Vital statistics of India. Vol. IV, Annual returns from 1871 to 1876. British Army of India, Native Army and jails of Bengal
Year: 1871
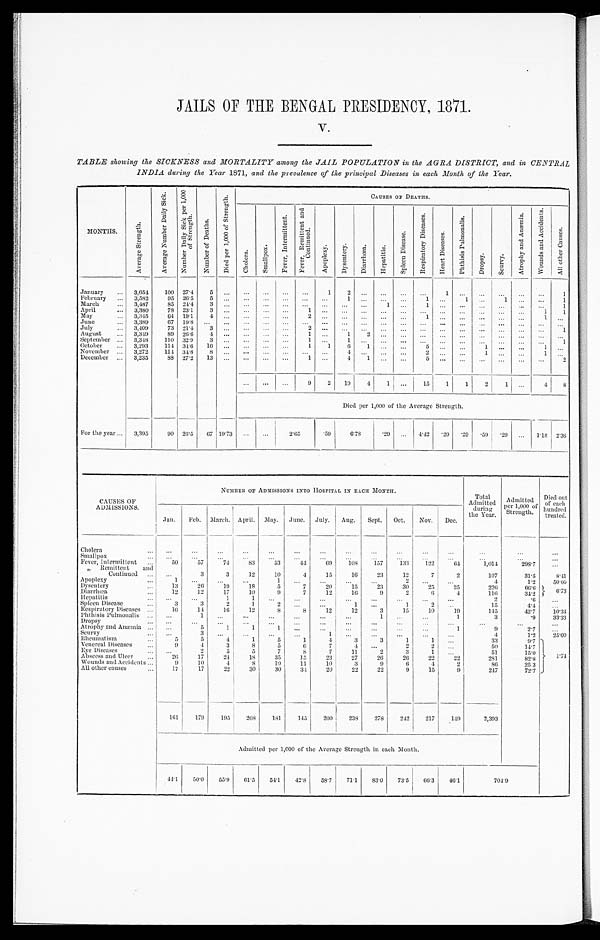
JAILS OF THE BENGAL PRESIDENCY, 1871.
V.
TABLE showing the SICKNESS and MORTALITY among the JAIL POPULATION in the AGRA DISTRICT, and in CENTRAL
INDIA during the Year 1871. and the prevalence of the principal Diseases in each Month of the Year.
MONTHS.
A v e r a g e S t r e n g t h .
A v e r a g e N u m b e r D a i l y S i c k .
N u m b e r D a i l y S i c k p e r 1 , 0 0 0 o f S t r e n g t h .
N u m b e r o f D e a t h s .
D i e d p e r 1 , 0 0 0 o f S t r e n g t h .
CAUSES OF DEATHS.
C h o l e r a .
S m a l l p o x .
F e v e r , I n t e r m i t t e n t .
F e v e r R e m i t t e d a n d C o n t i n u e d .
A p o p l e x y .
D y s e n t e r y .
D i a r r h œ a .
H e p a t i t i s .
S p l e e n D i s e a s e .
R e s p i r a t o r y D i s e a s e s .
H e a r t D i s e a s e s .
p h t h i s i s P u l m o n a l i s .
D r o p s y .
S c u r v y .
A t r o p h y a n d A n æ m i a .
W o u n d s a n d A c c i d e n t s .
A l l o t h e r C a u s e s .
January
. . .
3,654
100 27.4
5
. . .
. . .
. . .
...
...
1
2
. . . ...
...
. . .
1
. . .
...
. . .
. . .
. . .
1
February
... 3,582
95 26.5
5
. . .
. . .
...
. . .
. . .
. . .
1
. . . ... ...
1
. . . 1
... 1
. . . ...
1
March
. . . 3,487
85 24.4
3
. . .
. . .
. . .
. . .
. . . ...
. . .
. . . 1
. . .
1
. . .
...
... ...
. . . ...
1
April
... 3,360
78 23.1
3
. . .
. . .
. . .
. . .
1 ...
. . .
. . . ...
. . .
. . .
. . .
...
... ...
. . .
1
1
May
. . . 3,345
6 4
19.1
4
. . .
. . .
. . .
. . .
2 ...
. . . . . . ...
. . .
1
. . .
...
... ...
. . .
1
. . .
June
... 3,389
6719.8
. . . . . .
. . .
. . .
. . .
. . . ...
. . .
. . . ...
. . .
. . . . . .
. . .
. . .
. . .
. . .
. . .
. . .
July
. . . 3,409
73 21.4
3
. . .
. . .
. . .
. . .
2 ...
. . .
. . . . . .
. . .
. . .
. . . ...
... ...
. . .
. . .
1
August
... 3,349
89 26.6
4
. . .
. . .
. . .
. . .
1 ...
1
2 . . .
. . .
. . . . . .
. . .
. . .
. . .
. . .
...
. . .
September ... 3,348
110 32.9
3
. . .
. . .
. . .
. . .
1
...
1
. . . ...
. . .
. . .
. . . ...
...
. . .
. . .
. . .
1
October
... 3,293
114 34.6 16
. . .
. . . ...
...
1
1
6
1 ...
. . .
5
. . . ...
1 ...
. . .
1
. . .
November ... 3,272
114 34.8
8
. . .
. . .
. . .
. . .
. . .
...
4
. . . ...
. . .
2
. . . ...
1 ...
. . .
1
. . .
December
. . . 3,235
88 27.2
13
. . .
. . .
. . .
. . .
1 ...
4
1 ...
. . .
5
. . . ...
. . .
. . .
. . .
. . .
2
. . . ...
. . . 9
2
19
4
1 ...
15
1
1
2 1
. . .
4
8
Died per 1,000of the Average Strength.
For the year ... 3,395
90 26.5 67 19.73
. . . ...
2 . 6 5
. 5 9
6.78
.29 ... 4.42 .29
. 2 9
. 5 9
. 29 ... 1.18 2.36
CAUSES Of
ADMission.
NUMBER OF ADMISSIONS INTO HOSPITAL IN EACH MONTH.
Total
Admitted
during '
the Year.
Admitted
per 1,000 of
Strength.
Died out
of each
hundred
treated.
Jan.
Feb. March. April. May. June. July. Aug. Sept. Oct.
Nov. Dec.
Cholera
. . . . . .
. . .
. . . . . .
. . .
. . .
. . .
. . . . . .
...
. . .
. . .
...
. . .
. . .
Smallpox
. . .
. . .
. . .
...
...
. . .
...
. . .
. . .
. . .
...
. . .
. . .
. . .
. . .
. . .
Fever, Intermittent ...
50
57
74
83
53
4 4
69
108
157
133
122
6 4
1,014
298.7
. . .
„ Remittent
and
Continued ...
...
3
3
12
10
4
15
16
23
12
7
2
107
31.5
8.41
Apoplexy
...
1.
. . .
. . . ...
1
. . . ...
. . .
. . .
2
. . . ...
4
1.2
50.00
Dysentery
. . .
13
26
19
1 8
5
7
20
15
23
30
25
25
226
66.6
6 . 7 3
Diarrhœa
...
12
12
17
10
9
7
12
16
9
2
6
4
116
34.2
Hepatitis
. . . . . .
. . .
1
1
...
...
...
. . .
. . .
...
. . . ...
2
.6
. . .
Spleen Diseass
. . .
3
3
2
1
2
. . . ...
1
. . .
1
2
. . .
15
4.4
. . .
Respiratory Diseases ...
16
14
16
12
8
8
12
12
3
15
10
19
145
42.7
10.34
Phthisis Pulmonalis ...
...
1
. . .
. . .
...
...
. . .
. . .
1
. . .
. . .
1
3
.9
33.33
Dropsy
. . . . . .
. . .
...
. . .
. . .
... ... ... ... ... ...
...
... ...
...
Atrophy and Anæmia
. . . . . .
5
1
1
1
. . .
. . .
. . .
...
. . .
. . .
1
9
2.7
...
Scurvy
. . . . . .
3
. . .
. . .
. . .
. . .
1
. . .
...
. . .
. . .
. . .
4
1.2
25.00
Rheumatism
. . .
5
5
4
1
5
1
4
3
3
1
1
...
33
9.7
1 . 7 4
Venereal Diseases
. . .
9
4
3
8
5
6
7
4
. . .
2
2
. . .
50
14.7
Eye Disease
. . . . . .
2
5
5
7
8
7
11
2
3
1
. . .
51
15.0
Abscess and Ulcer
. . .
26
17
24
18
35
15
23
27
26
26
22
22
281
82.8
Wounds and Accidents ...
9
10
4
8
10
11
10
3
9
6
4
2
86
25.3
All other causes
. . .
17
17
22
30
30
34
20
22
22
9
15
9
247
72.7
161
179
195
208
181
145
200
238
278
242
217
149
2,393
Admitted per 1,000 of the Average Strength in each Month.
44.1
50.0
55.9 61.5
54.1 42.8 58.7
71.1
83.0 73.5
66.3 46.1
704.9